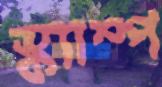
স্ক্যাম্প